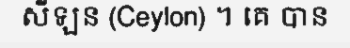
សីឡន (Ceylon) ។ គេ បាន